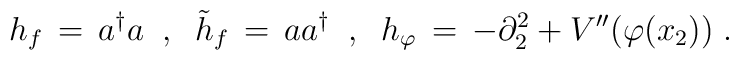
h_f \,=\, a^\dagger a \;\;,\;\; {\tilde h}_f \,=\,aa^\dagger \;\;,\;\;h_\varphi \,=\, - \partial_2^2 + V''(\varphi(x_2)) \;.